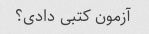
آزمون کتبی دادی؟